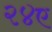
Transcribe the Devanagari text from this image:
२४ए